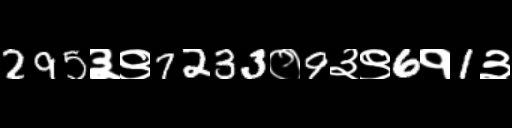
Text: 295३९7233०9३९6१1३